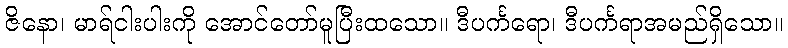
ဇိနော၊ မာရ်ငါးပါးကို အောင်တော်မူပြီးထသော။ ဒီပင်္ကရော၊ ဒီပင်္ကရာအမည်ရှိသော။